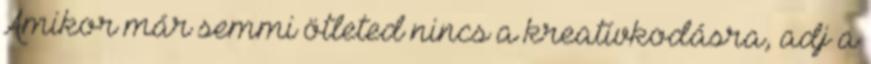
Amikor már semmi ötleted nincs a kreatívkodásra, adj a